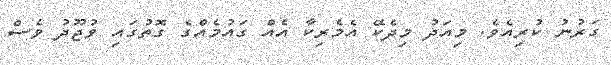
ގަރުނު ކުރިއެވެ. މިއަދު މިދެކޭ އެމެރިކާ އެއް ގައުމެއްގެ ގޮތުގައި ވުޖޫދު ވެސް